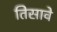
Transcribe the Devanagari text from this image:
तिसावे